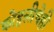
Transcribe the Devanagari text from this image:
कोहलीचेही